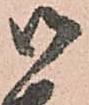
御